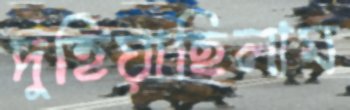
দুহিয়াছিলাম